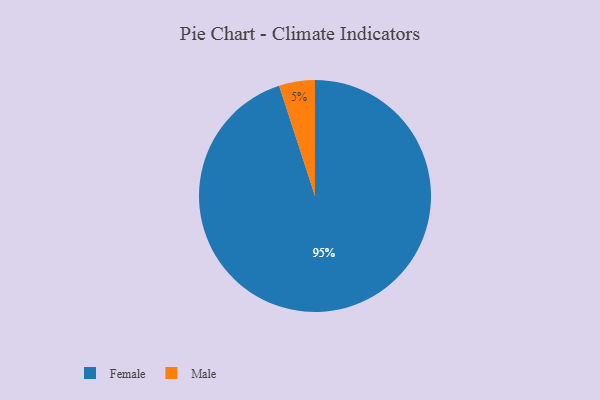
{"axis": {"x": "Category", "y": "Percentage"}, "legend": ["Female", "Male"], "data": [{"x": "Male", "y": 5, "type": "Male"}, {"x": "Female", "y": 95, "type": "Female"}]}